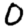
Digit: 0